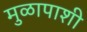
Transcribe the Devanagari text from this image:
मुळापाशी